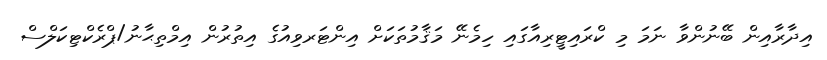
އިދާރާއިން ބޭނުންވާ ނަމަ މި ކްރައިޓީރިއާގައި ހިމެނޭ މަޤާމުތަކަށް އިންޓަރވިއުގެ އިތުރުން އިމްތިޙާނު/ޕްރެކްޓިކަލްސް